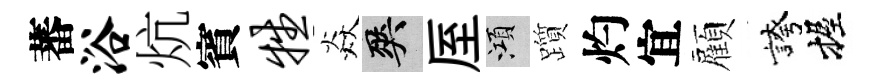
蕃浴炕賓牲焱爽厔澒躓灼宜顏誇握